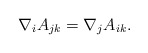
\begin{align*}\nabla_iA_{jk}=\nabla_jA_{ik}.\end{align*}